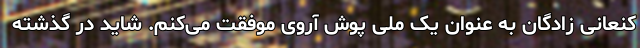
کنعانی زادگان به عنوان یک ملی پوش آروی موفقت می‌کنم. شاید در گذشته